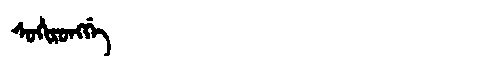
Manchu: ᠰᠣᡥᡳᡵᠣᠩᡤᡝ
Romanization: SOHIRONGGE